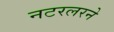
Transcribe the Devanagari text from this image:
नटरलरने